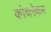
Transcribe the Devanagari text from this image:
कोचरेकर